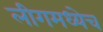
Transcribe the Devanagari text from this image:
लीगमध्येच